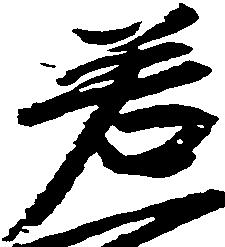
若